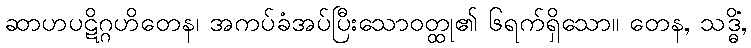
ဆာဟပဋိဂ္ဂဟိတေန၊ အကပ်ခံအပ်ပြီးသောဝတ္ထု၏ ၆ရက်ရှိသော။ တေန, သဒ္ဓိံ,